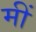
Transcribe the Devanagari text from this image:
मीं